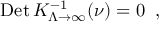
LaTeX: \mathrm { D e t } \, K _ { \Lambda \to \infty } ^ { - 1 } ( \nu ) = 0 \; \; ,